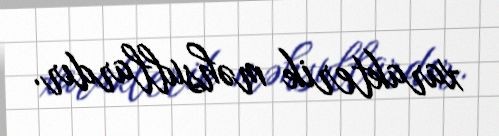
xarakterik məhsullardır.